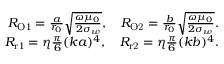
\begin{array} { r } { R _ { \mathrm { O 1 } } = \frac { a } { r _ { 0 } } \sqrt { \frac { \omega \mu _ { 0 } } { 2 \sigma _ { w } } } , \quad R _ { \mathrm { O 2 } } = \frac { b } { r _ { 0 } } \sqrt { \frac { \omega \mu _ { 0 } } { 2 \sigma _ { w } } } . } \\ { R _ { \mathrm { r 1 } } = \eta \frac { \pi } { 6 } ( k a ) ^ { 4 } , \quad R _ { \mathrm { r 2 } } = \eta \frac { \pi } { 6 } ( k b ) ^ { 4 } . } \end{array}